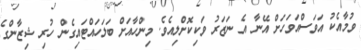
ވުމާއެކު އަވަސްއަވަހަށް އޭނާ އެ ނަޒަރު ވަކިކޮށްލިއެވެ. މިންހާއަށް ބަލަހައްޓައިގެން ހުރި ޝިޒާންގެ